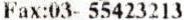
FAX:03- 55423213